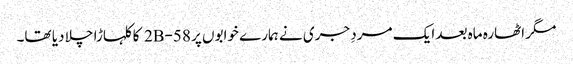
مگر اٹھارہ ماہ بعد ایک مردِ جری نے ہمارے خوابوں پر 58-2B کا کلہاڑا چلا دیا تھا۔